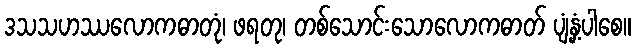
ဒသသဟဿလောကဓာတုံ၊ ဖရတု၊ တစ်သောင်းသောလောကဓာတ် ပျံ့နှံ့ပါစေ။